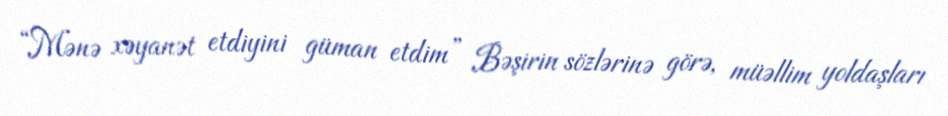
“Mənə xəyanət etdiyini güman etdim” Bəşirin sözlərinə görə, müəllim yoldaşları